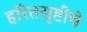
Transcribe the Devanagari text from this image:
हरितसृष्टीचे